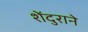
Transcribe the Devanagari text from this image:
शेंदुराने